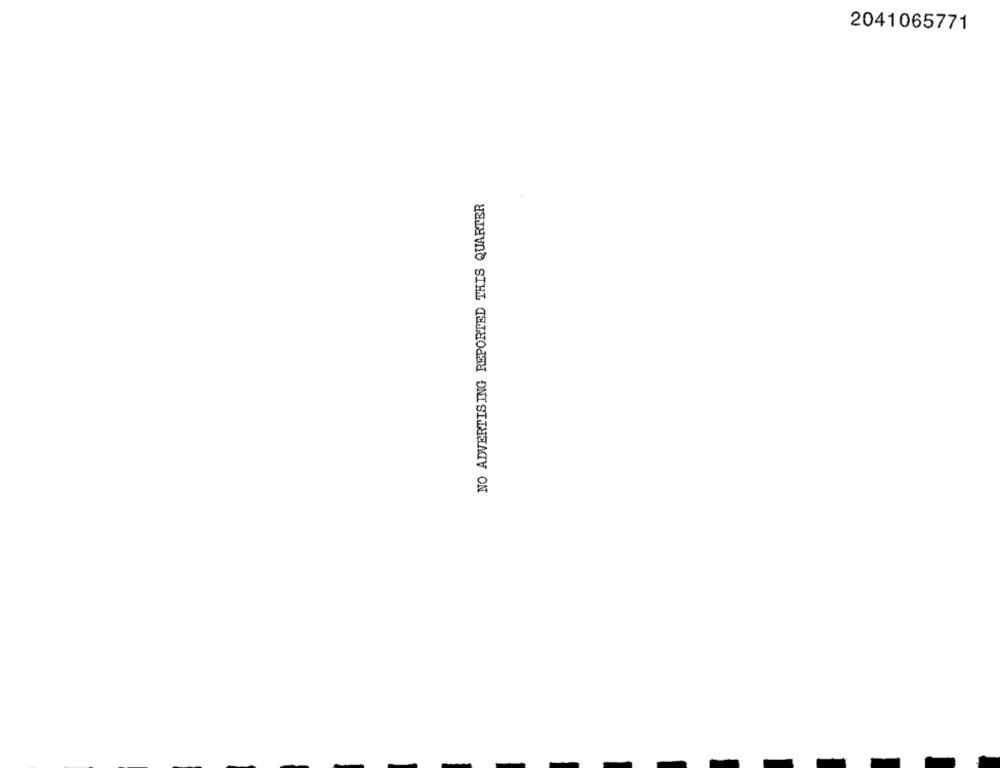
2041065771
NO ADVERTISING REPORTED THIS QUARTER